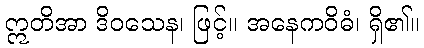
ဣတိအာ ဒိဝသေန၊ ဖြင့်။ အနေကဝိဓံ၊ ရှိ၏။